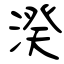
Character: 湀